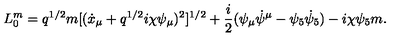
L _ { 0 } ^ { m } = q ^ { 1 / 2 } m [ ( \dot { x } _ { \mu } + q ^ { 1 / 2 } i \chi \psi _ { \mu } ) ^ { 2 } ] ^ { 1 / 2 } + \frac { i } { 2 } ( \psi _ { \mu } \dot { \psi } ^ { \mu } - \psi _ { 5 } \dot { \psi } _ { 5 } ) - i \chi \psi _ { 5 } m .